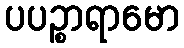
ပပဉ္စာရာမော